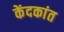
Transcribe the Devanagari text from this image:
केंदकांत